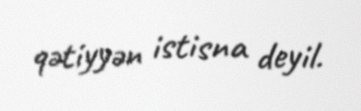
qətiyyən istisna deyil.